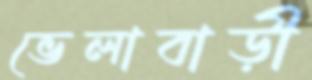
ভেলাবাড়ী